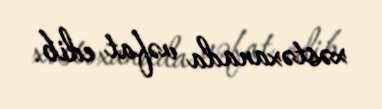
xəstəxanada vəfat edib.